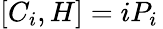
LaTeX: [C_{i},H]=iP_{i}\,